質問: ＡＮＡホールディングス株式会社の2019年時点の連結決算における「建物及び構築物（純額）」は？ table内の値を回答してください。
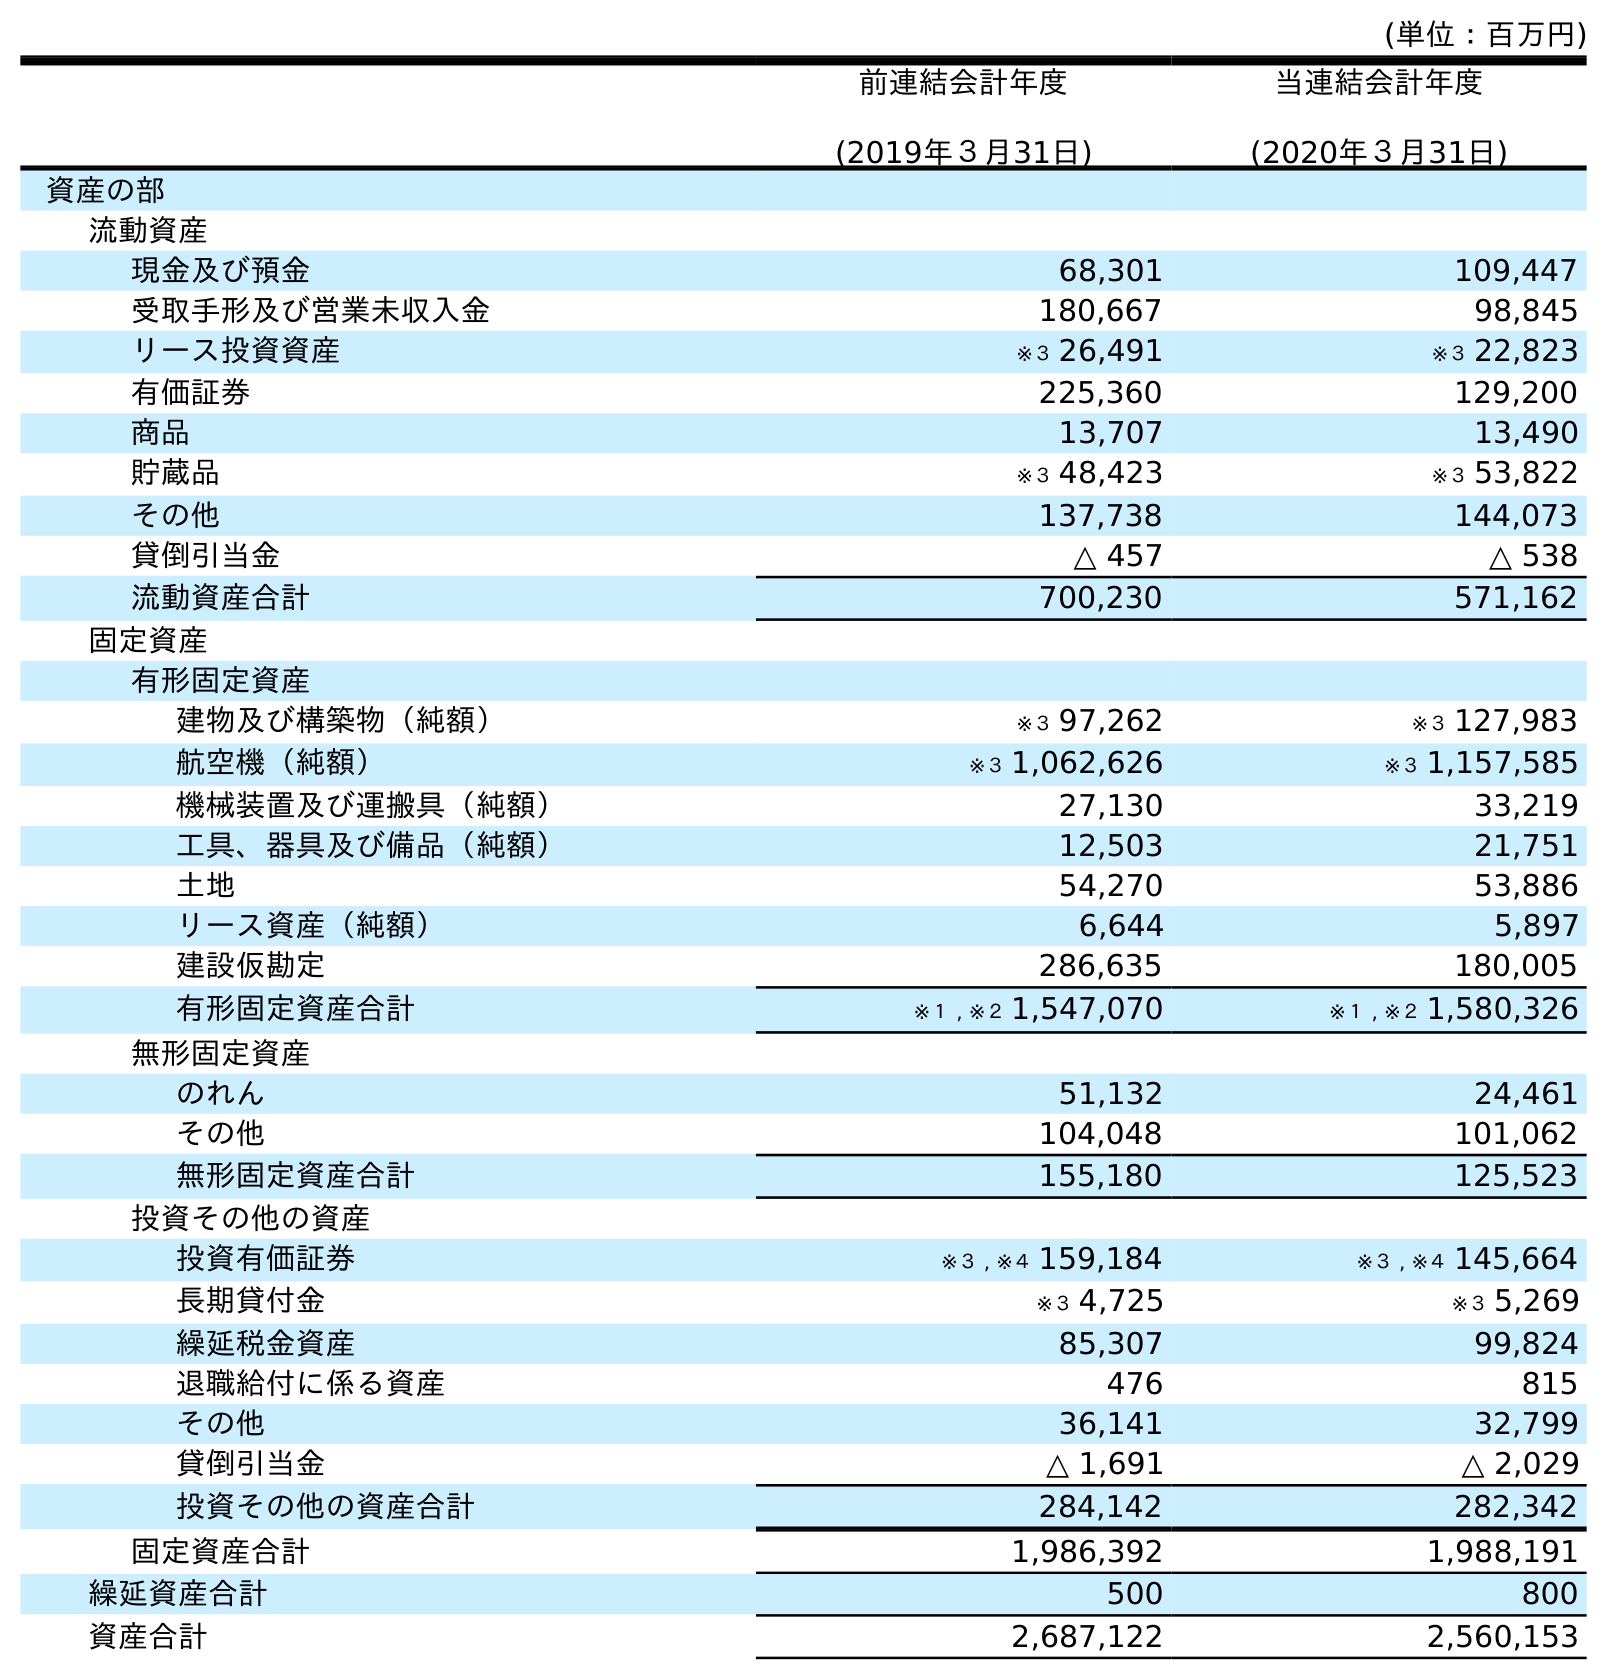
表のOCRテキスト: (単位：百万円) 前連結会計年度 (2019年３月31日) 当連結会計年度 (2020年３月31日) 資産の部 流動資産 現金及び預金 68,301 109,447 受取手形及び営業未収入金 180,667 98,845 リース投資資産 ※３ 26,491 ※３ 22,823 有価証券 225,360 129,200 商品 13,707 13,490 貯蔵品 ※３ 48,423 ※３ 53,822 その他 137,738 144,073 貸倒引当金 △ 457 △ 538 流動資産合計 700,230 571,162 固定資産 有形固定資産 建物及び構築物（純額） ※３ 97,262 ※３ 127,983 航空機（純額） ※３ 1,062,626 ※３ 1,157,585 機械装置及び運搬具（純額） 27,130 33,219 工具、器具及び備品（純額） 12,503 21,751 土地 54,270 53,886 リース資産（純額） 6,644 5,897 建設仮勘定 286,635 180,005 有形固定資産合計 ※１ , ※２ 1,547,070 ※１ , ※２ 1,580,326 無形固定資産 のれん 51,132 24,461 その他 104,048 101,062 無形固定資産合計 155,180 125,523 投資その他の資産 投資有価証券 ※３ , ※４ 159,184 ※３ , ※４ 145,664 長期貸付金 ※３ 4,725 ※３ 5,269 繰延税金資産 85,307 99,824 退職給付に係る資産 476 815 その他 36,141 32,799 貸倒引当金 △ 1,691 △ 2,029 投資その他の資産合計 284,142 282,342 固定資産合計 1,986,392 1,988,191 繰延資産合計 500 800 資産合計 2,687,122 2,560,153
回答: ※３97,262